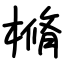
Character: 樇